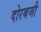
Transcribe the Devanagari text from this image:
दोरबजी